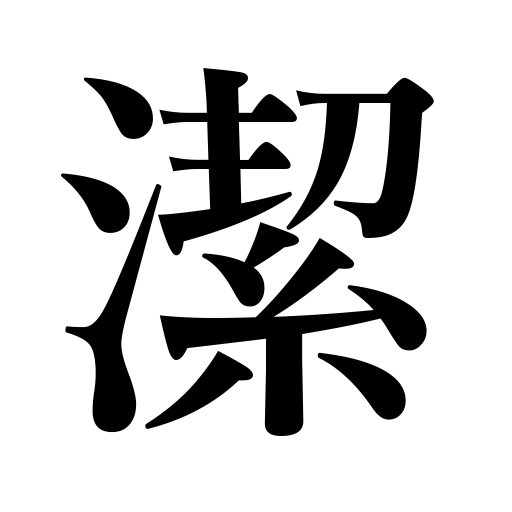
Meanings: gallant,clean,sportsmanlike,manly,pure,righteous